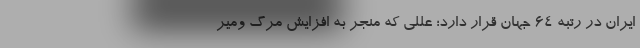
ایران در رتبه ۶۴ جهان قرار دارد؛ عللی که منجر به افزایش مرگ ومیر